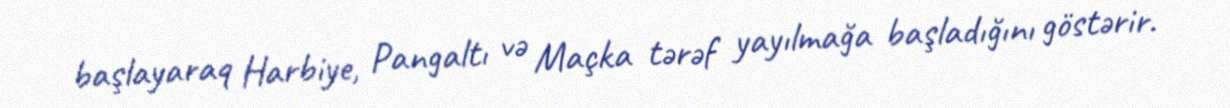
başlayaraq Harbiye, Pangaltı və Maçka tərəf yayılmağa başladığını göstərir.